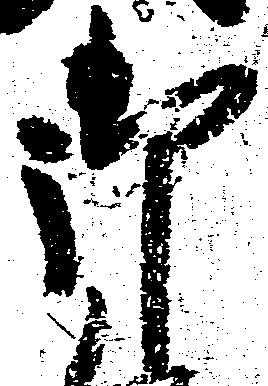
御